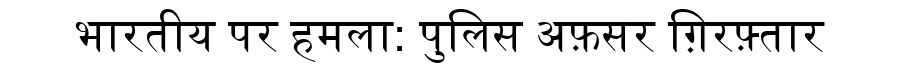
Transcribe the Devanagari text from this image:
भारतीय पर हमला: पुलिस अफ़सर ग़िरफ़्तार